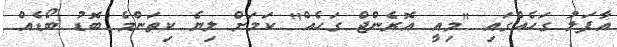
އާފަލު ގަހެއްގައި "މިއީ އޮރެންޖް ގަހެއް" ކަމަށް ލިޔެ ކިތަންމެ ބޮޑު ބޯޑެއް